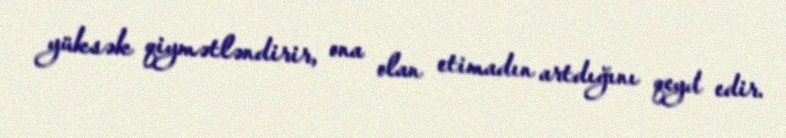
yüksək qiymətləndirir, ona olan etimadın artdığını qeyd edir.